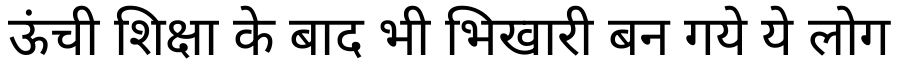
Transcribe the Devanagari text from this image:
ऊंची शिक्षा के बाद भी भिखारी बन गये ये लोग